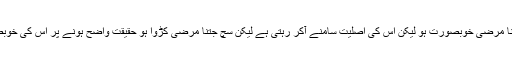
انہوں نے کہا کہ جھوٹ جتنا مرضی خوبصورت ہو لیکن اس کی اصلیت سامنے آکر رہتی ہے لیکن سچ جتنا مرضی کڑوا ہو حقیقت واضح ہونے پر اس کی خوبصورتی سامنے آ جاتی ہے ۔